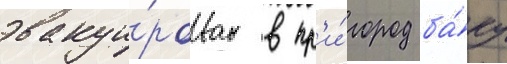
эвакуи́рован в пр'и́город ба́ку